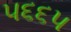
૫૬૬૫